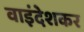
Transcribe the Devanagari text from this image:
वाइंदेशकर